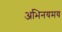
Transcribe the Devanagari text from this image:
अभिनयमय